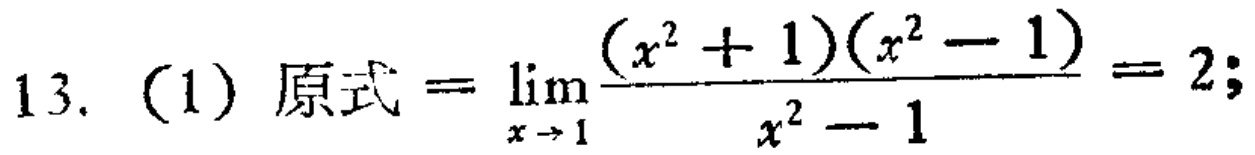
13. (1) 原式\(=\lim_{x \to 1}\frac{(x^{2}+1)(x^{2}-1)}{x^{2}-1}=2\);